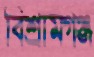
বিশ্রামগঞ্জ